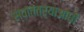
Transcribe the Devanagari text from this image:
स्वातंत्र्याआधी